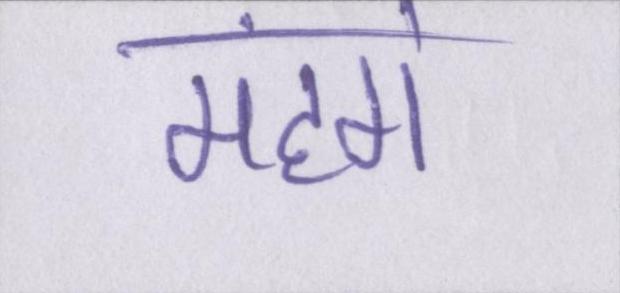
महंगे